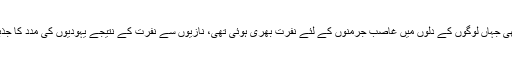
ان ممالک میں بھی جہاں لوگوں کے دلوں ميں غاصب جرمنوں کے لئے نفرت بھری ہوئی تھی، نازیوں سے نفرت کے نتیجے یہودیوں کی مدد کا جذبہ پیدا نہ ہو سکا۔